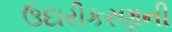
ઉદારીકરણની